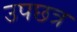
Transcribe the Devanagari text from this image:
उपछत्र